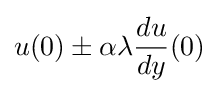
u(0)\pm \alpha \lambda {\frac {du}{dy}}(0)